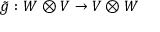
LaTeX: { \tilde { g } } : W \otimes V \to V \otimes W